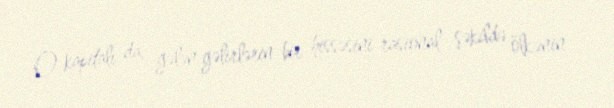
O kapitalı da, gələn gəlirlərin bir hissəsini rasional şəkildə ölkənin